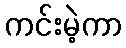
ကင်းမဲ့ကာ